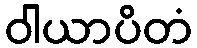
ဝါယာပိတံ